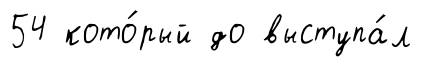
54 кото́рый до выступа́л